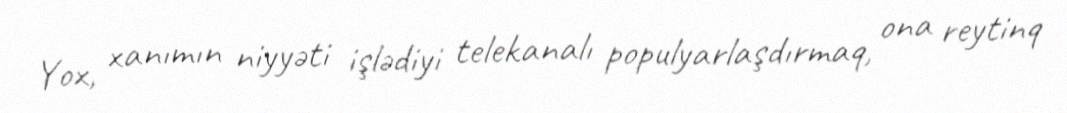
Yox, xanımın niyyəti işlədiyi telekanalı populyarlaşdırmaq, ona reytinq